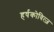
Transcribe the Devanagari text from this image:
हर्षकोवित्ज़